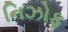
નિઝોફ